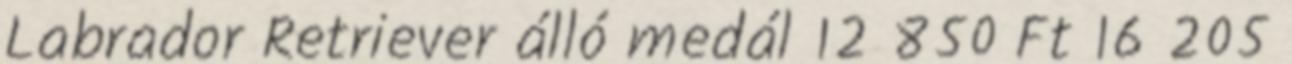
Labrador Retriever álló medál 12 850 Ft 16 205